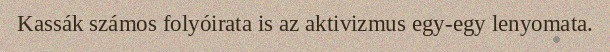
Kassák számos folyóirata is az aktivizmus egy-egy lenyomata.